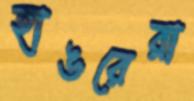
হাঙরেরা